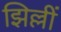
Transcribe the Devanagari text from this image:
झिल्लीं